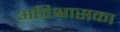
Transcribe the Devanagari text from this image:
अविश्वासका